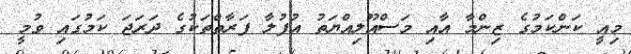
މިއީ ކަންކަމުގެ ޒިންމާ އާއި މަސްއޫލިއްޔަތު އުފުލާ ފަރާތްތަކުގެ ދަރަޖަ ކަމުގައި ވުމީ